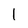
Character: l